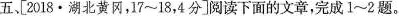
五、[2018·湖北黄网，17~18，4分]阅读下面的文章，完成1~2题。